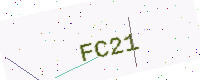
Text: FC21